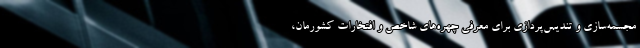
مجسمه‌سازی و تندیس‌پردازی برای معرفی چهره‌های شاخص و افتخارات کشورمان،